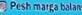
؛